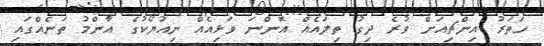
ހަތަރު އިންޗިއަށް ވުރެ ދިގު ތިލައެއް އޮންނަ ވަޅިއެއް ނިއުޔޯކުގެ އާންމު ތަނެއްގައި